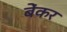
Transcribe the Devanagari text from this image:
बेंकर